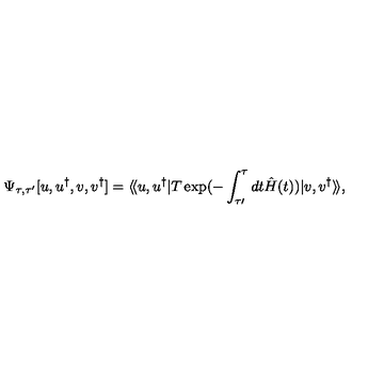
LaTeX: \Psi _ { \tau , \tau ^ { \prime } } [ u , u ^ { \dagger } , { v } , { v } ^ { \dagger } ] = \langle \! \langle u , u ^ { \dagger } | T \exp ( - \int _ { \tau \prime } ^ { \tau } d t \hat { H } ( t ) ) | { v } , { v } ^ { \dagger } \rangle \! \rangle ,